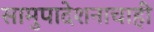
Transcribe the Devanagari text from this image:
सामुपादेशनाचाही